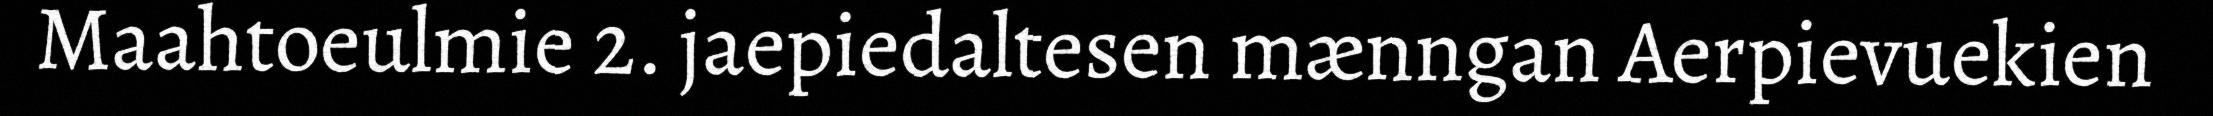
Maahtoeulmie 2. jaepiedaltesen mænngan Aerpievuekien